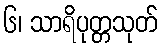
၆၊ သာရိပုတ္တသုတ်